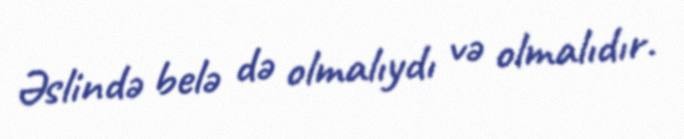
Əslində belə də olmalıydı və olmalıdır.